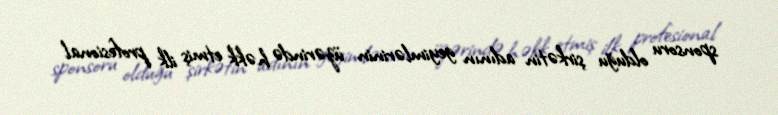
sponsoru olduğu şirkətin adının geyimlərinin üzərində həkk etmiş ilk profesional